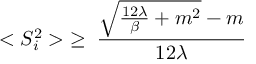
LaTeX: < S _ { i } ^ { 2 } > \; \ge \; \frac { { \sqrt { \frac { 1 2 \lambda } { \beta } + m ^ { 2 } } } - m } { 1 2 \lambda }